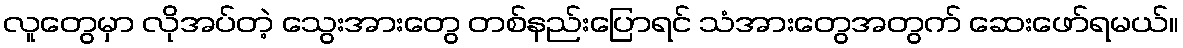
လူတွေမှာ လိုအပ်တဲ့ သွေးအားတွေ တစ်နည်းပြောရင် သံအားတွေအတွက် ဆေးဖော်ရမယ်။